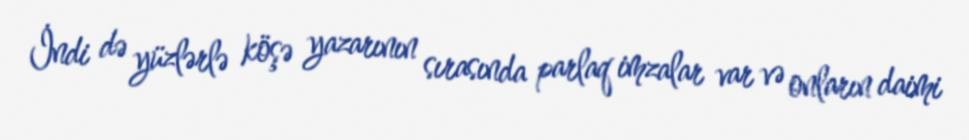
İndi də yüzlərlə köşə yazarının sırasında parlaq imzalar var və onların daimi